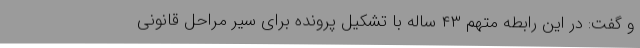
و گفت: در این رابطه متهم ۴۳ ساله با تشکیل پرونده برای سیر مراحل قانونی